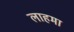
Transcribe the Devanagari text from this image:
लाहमा